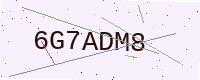
Text: 6G7ADM8